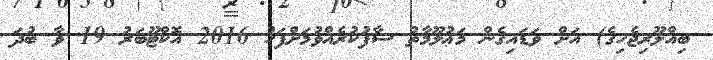
ބިއްލޫރިޖެހިގެ) އަށް ވަޑައިގެން މަޢުލޫމާތު ސާފުކުރެއްވުމަށްފަހު 2016 އޮކްޓޫބަރު 19 ވާ ބުދަ